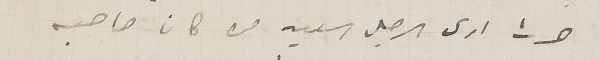
صرت ارى الرجل سعيد من كان صاحبه